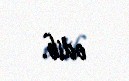
edib.